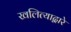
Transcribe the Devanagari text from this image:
खलित्याद्वारे